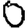
Digit: 0